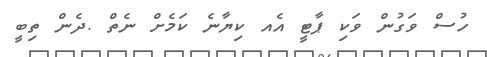
ހުސް ވަގުން ވަކި ޕާޓީ އެއ ކިޔާނެ ކަމެށް ނެތް .ދެން ތިބީ